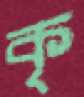
কৃ